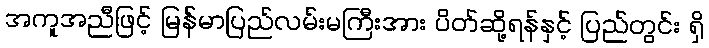
အကူအညီဖြင့် မြန်မာပြည်လမ်းမကြီးအား ပိတ်ဆို့ရန်နှင့် ပြည်တွင်း ရှိ